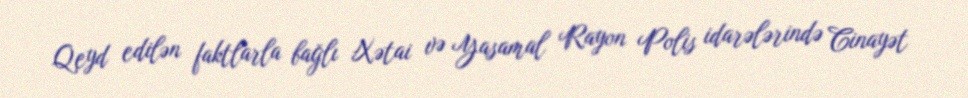
Qeyd edilən faktlarla bağlı Xətai və Yasamal Rayon Polis idarələrində Cinayət